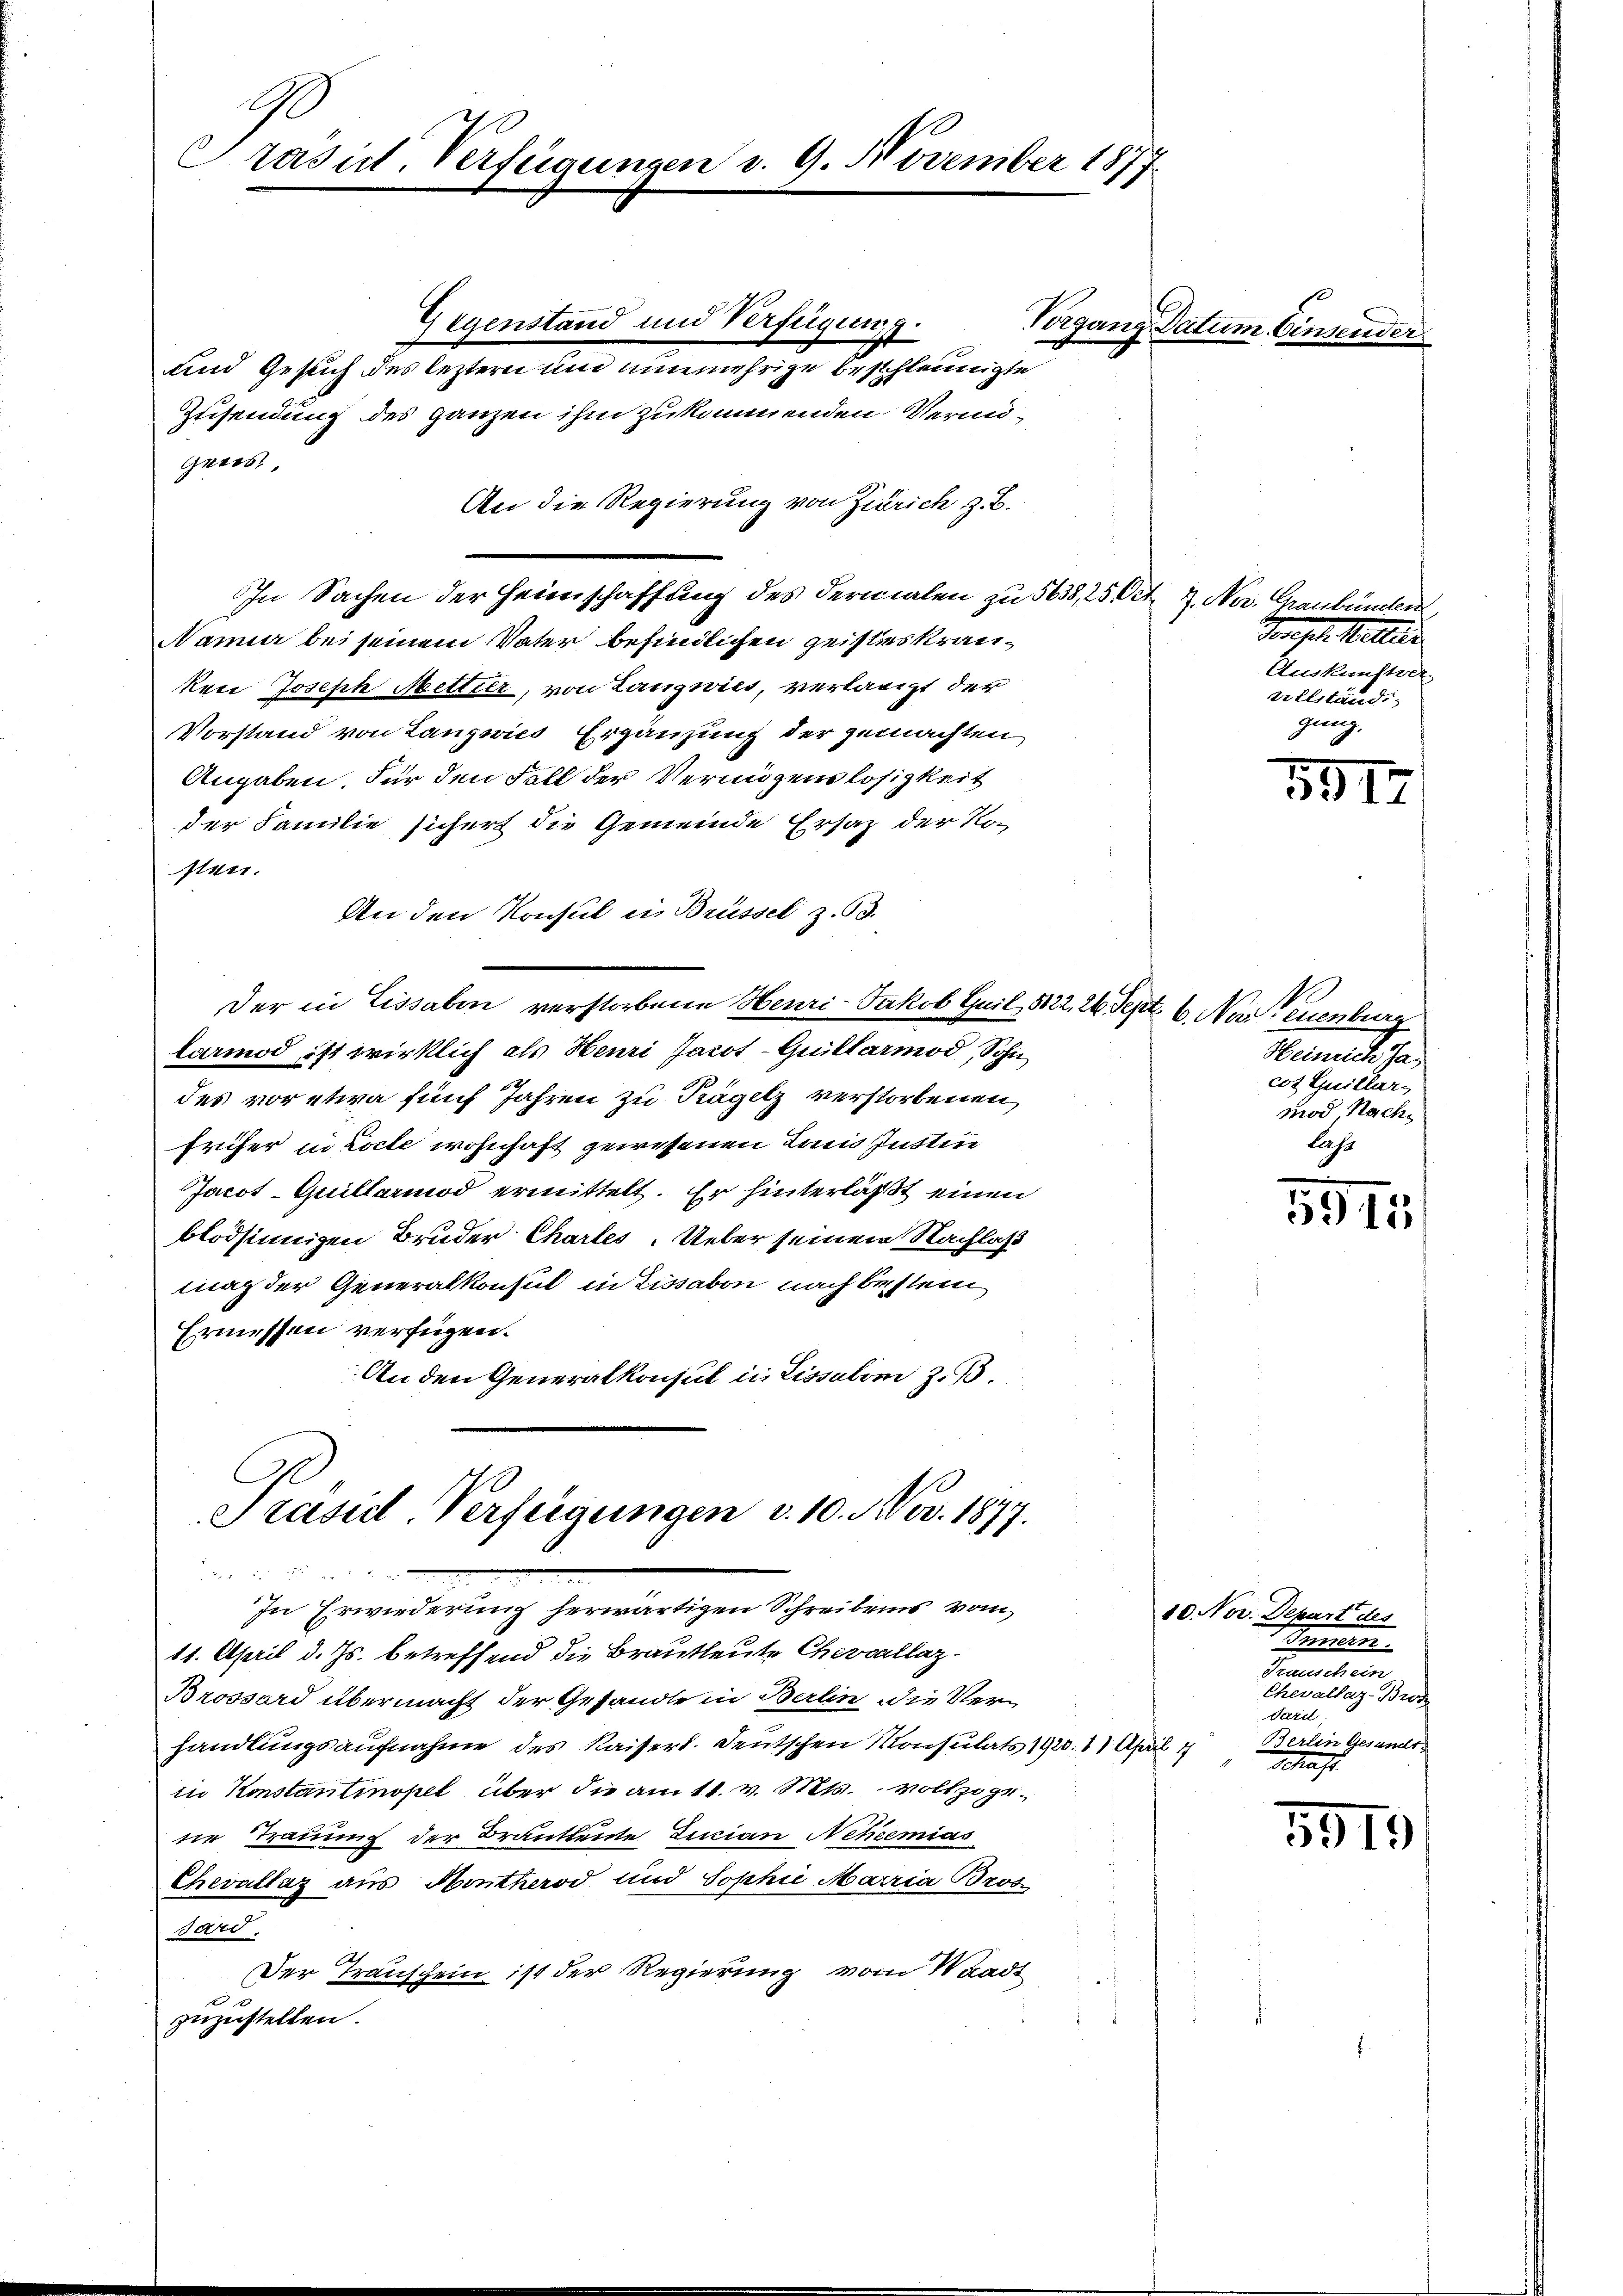
A
Prasil-Verfügungen v. 9. November 1877

Gegenstand und Verfügung.
und Gesuch des leztern und nunmehrige beschleunigte
Zusendung des ganzen ihm zukommenden Vermögees,
An die Regierung von Zürich z. B.
In Sachen der Heimschaffung des dermalen zu 5638, 25 Oct. 7. Nov. Graubünden
Namur bei seinem Vater befindlichen geisteskrankei Joseph Metter, von Lanzwies, verlangt der
Vorstand von Langwies Ergänzung der gemachten
Angaben. Für den Fall der Vermögenslosigkeit
der Familie sicher die Gemeinde Ersatz der Nosten.
An den Konsul in Brüssel z. B.
Der in Lissaben verstorbene Heuri-Jakob Guil 5122. 26 Sept. 6. Na, euenburg
larmod ist wirklich als Heuri Jacot-Quillarmod, Sohn
des vor etwa fünf Jahren zu Tagelz verstorbenen
früher in Locte wohnhaft gewesenen Linie Instin
Jacot-Quillarmod ermittelt. Er hinterläßt einen
blödsinnigen Bruder Chartes. Ueber seinem Nachlaß
mag der Generalkonsul in Lissabon nach bestein
Ermessen verfügen.
An den Generalkonsul in Lissulini z. B.

Präsid-Verfügungen v. 10. Nov. 1877.

In Erwiederung herwärtigen Schreibens vom
11. April d. Js. betreffend die Brautleute Chevvallaz¬
Brossard übermacht der Gesandte in Berlin die Ver-
handlungsaufnahme des Kaisert. Deutschen Konsulats 1920. 81 April 1
in Konstantinopel über die am 11. v. Mts. vollzogene Trauung der Brautleute Lucian Neheemias
Chevaltaz aus Hontherod und Sophie Maria Bros
Sard
Der Transchein ist der Regierung vom Waadt
zuzustellen.

Vorgang Datum. Einsende

Verehel. Walten
Auskunftver
vollständi
gung,

5917.

Heinrich Ja
cot Guillar-
mod, Nachlast

5975

10. Nov. Depart des
Semmen
e
Chevallaz-Brot
Tari
Berlin Gesandts
Schaft

5919